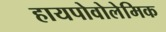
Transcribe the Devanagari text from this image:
हायपोवोलेमिक